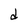
Character: d